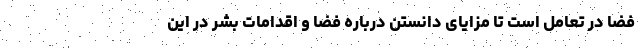
فضا در تعامل است تا مزایای دانستن درباره فضا و اقدامات بشر در این